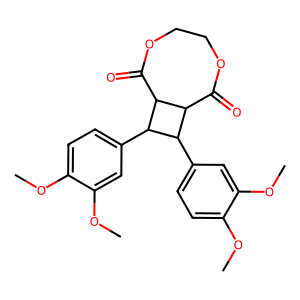
SMILES: COc1ccc(C2C3C(=O)OCCOC(=O)C3C2c2ccc(OC)c(OC)c2)cc1OC
Inhibits HIV replication: No